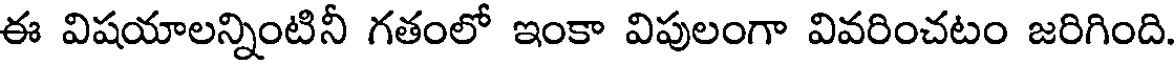
ఈ విషయాలన్నింటినీ గతంలో ఇంకా విపులంగా వివరించటం జరిగింది.